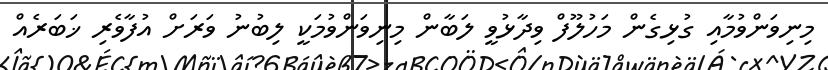
މިނިވަންވުމާއި ގުޅިގެން މަހުލޫފް ވިދާޅުވީ ލަބާން މިނިވަންވުމަކީ ލިބުނު ވަރަށް އުފާވެރި ޚަބަރެއް